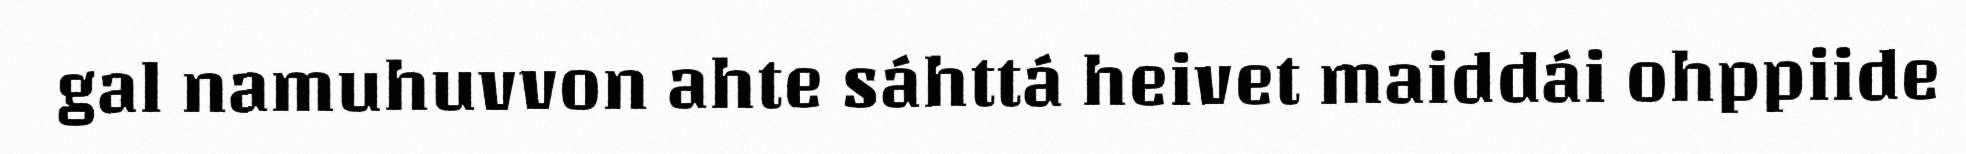
gal namuhuvvon ahte sáhttá heivet maiddái ohppiide